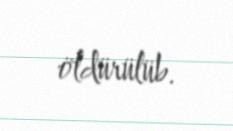
öldürülüb.